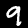
Digit: 9